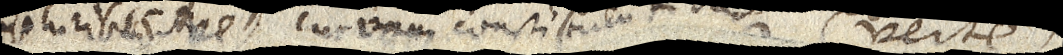
(pluribusve) curvam constituentibus